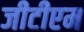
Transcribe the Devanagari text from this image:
जीटीएम